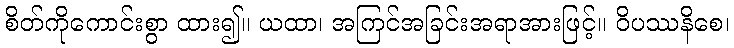
စိတ်ကိုကောင်းစွာ ထား၍။ ယထာ၊ အကြင်အခြင်းအရာအားဖြင့်။ ဝိပဿနိစေ၊